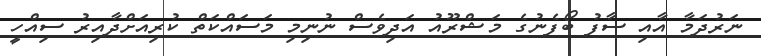
ނަރުދަމާ އާއި ސާފު ބޯފެނުގެ މަޝްރޫއު އަދިވެސް ނުނިމި މަސައްކަތް ކުރިއަށްދާއިރު ސިއްހީ